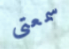
سمعتى